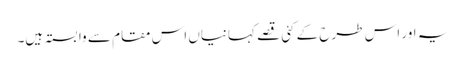
یہ اور اس طرح کے کئی قصے کہانیاں اس مقام سے وابستہ ہیں۔